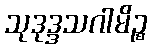
သုဒုဒ္ဒသဂါမိဉ္စ